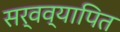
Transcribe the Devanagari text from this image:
सर्वव्यापित